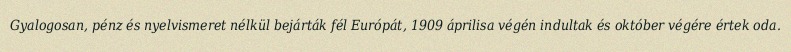
Gyalogosan, pénz és nyelvismeret nélkül bejárták fél Európát, 1909 áprilisa végén indultak és október végére értek oda.